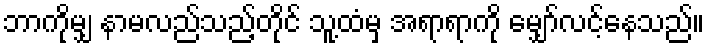
ဘာကိုမျှ နာမလည်သည့်တိုင် သူ့ထံမှ အရာရာကို မျှော်လင့်နေသည်။